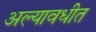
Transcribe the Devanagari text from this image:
अल्यावधीत